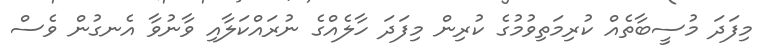
މިފަދަ މުސީބާތެއް ކުރިމަތިވުމުގެ ކުރިން މިފަދަ ހާލެއްގެ ނުރައްކަލާއި ވާނުވާ އެނގުން ވެސް